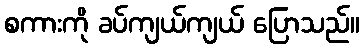
စကားကို ခပ်ကျယ်ကျယ် ပြောသည်။